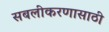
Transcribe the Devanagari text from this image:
सबलीकरणासाठी